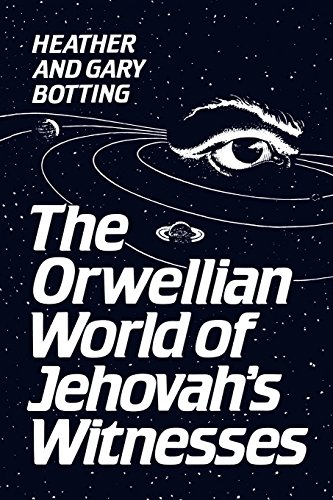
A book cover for The Orwellian World of Jehovah's Witnesses; Gary Botting; Christian Books & Bibles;